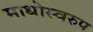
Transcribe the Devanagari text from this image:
माधोस्वरुप